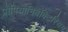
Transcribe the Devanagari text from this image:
प्रोपियोनिबैक्टिरियम